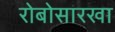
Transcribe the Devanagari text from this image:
रोबोसारखा